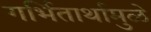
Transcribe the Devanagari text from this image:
गर्भितार्थामुळे